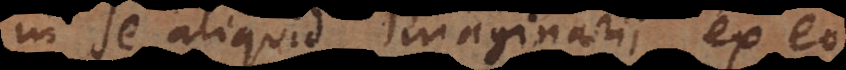
in se aliquid imaginarii, ex eo